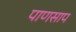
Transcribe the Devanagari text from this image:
पाणसाप